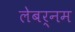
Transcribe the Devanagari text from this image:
लेबर्नम